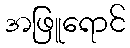
အဖြူရောင်